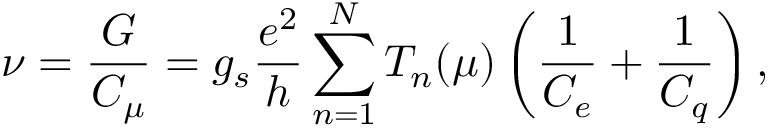
\nu = \frac { G } { C _ { \mu } } = g _ { s } \frac { e ^ { 2 } } { h } \sum _ { n = 1 } ^ { N } T _ { n } ( \mu ) \left( \frac { 1 } { C _ { e } } + \frac { 1 } { C _ { q } } \right) ,